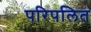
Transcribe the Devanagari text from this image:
परिपलित